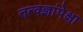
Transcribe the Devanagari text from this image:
तत्वज्ञांपेक्षा